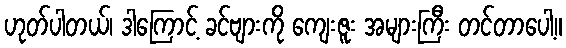
ဟုတ်ပါတယ်၊ ဒါကြောင့် ခင်ဗျားကို ကျေးဇူး အများကြီး တင်တာပေါ့။